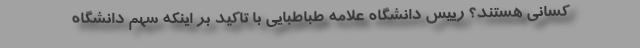
کسانی هستند؟ رییس دانشگاه علامه طباطبایی با تاکید بر اینکه سهم دانشگاه